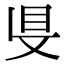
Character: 𥄁